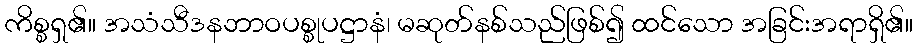
ကိစ္စရှ၏။ အသံသီဒနဘာဝပစ္စုပဋ္ဌာနံ၊ မဆုတ်နစ်သည်ဖြစ်၍ ထင်သော အခြင်းအရာရှိ၏။